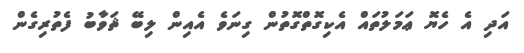
އަދި އެ ހެޔޮ ޢަމަލުތައް އެކިގޮތްގޮތުން ގިނަވެ އެއިން ލިބޭ ޘަވާބު ފެތުރިގެން